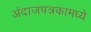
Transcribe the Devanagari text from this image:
अंदाजपत्रकामध्ये